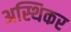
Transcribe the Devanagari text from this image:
अस्थिकर